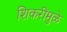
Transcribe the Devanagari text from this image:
शिकरींमुळे